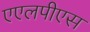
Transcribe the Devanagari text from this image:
एएलपीएस